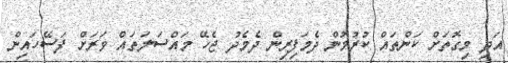
އަދި މިގޮތަށް ކަންތައް ކުރުމުން ދެމަފިރިން ދެމެދު ޖެހޭ މައްސަލަތައް ވަރަށް ފަސޭހައިން